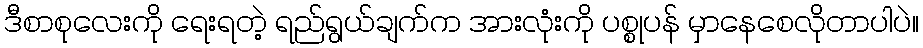
ဒီစာစုလေးကို ရေးရတဲ့ ရည်ရွယ်ချက်က အားလုံးကို ပစ္စုပန် မှာနေစေလိုတာပါပဲ။